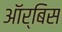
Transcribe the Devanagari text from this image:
ऑर्बिस